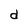
Character: d